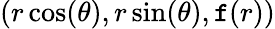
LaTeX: (r\cos(\theta),r\sin(\theta),\mathtt{f}(r))